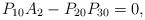
LaTeX: \begin{align*}P_{10}A_{2}-P_{20}P_{30}=0, \end{align*}